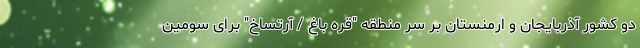
دو کشور آذربایجان و ارمنستان بر سر منطقه "قره باغ / آرتساخ" برای سومین